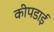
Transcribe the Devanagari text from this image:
कीपडाई